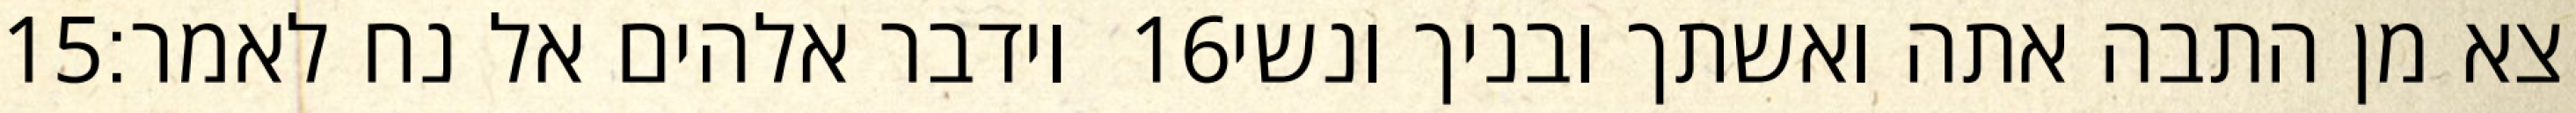
‎15‏ וידבר אלהים אל נח לאמר׃ ‎16‏ צא מן התבה אתה ואשתך ובניך ונשי